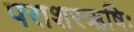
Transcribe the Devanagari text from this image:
पराशरऋषिः